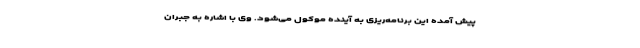
پیش آمده این برنامه‌ریزی به آینده موکول می‌شود. وی با اشاره به جبران